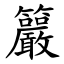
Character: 䉷